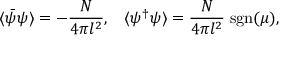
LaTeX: \langle \bar { \psi } \psi \rangle = - \frac { N } { 4 \pi l ^ { 2 } } , \; \; \; \langle \psi ^ { \dagger } \psi \rangle = \frac { N } { 4 \pi l ^ { 2 } } \; \mathrm { s g n } ( \mu ) ,